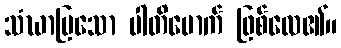
သံဃာပြသော ပါတိမောက် ဖြစ်လေ၏။